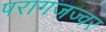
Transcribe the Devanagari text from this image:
परागजज्वर